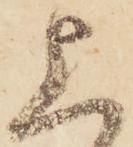
上